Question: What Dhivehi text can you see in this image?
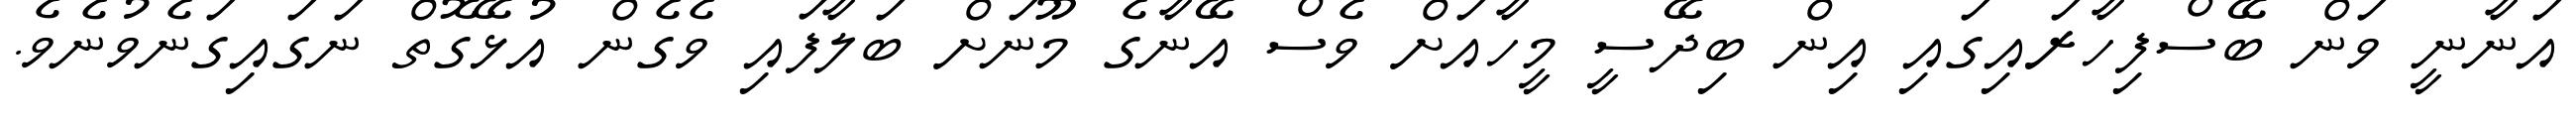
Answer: އަނާނީ ވަން ބޭސްފިހާރައިގައި އިން ބިދޭސީ މީހާއަށް ވެސް އޭނާގެ މޫނަށް ބަލާފައި ވެގެން އުޅޭގޮތް ނަގައިގަނެވުނެވެ.